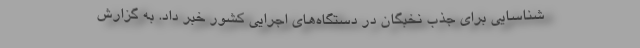
شناسایی برای جذب نخبگان در دستگاه‌های اجرایی کشور خبر داد. به گزارش